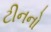
ટીનનો